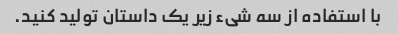
با استفاده از سه شیء زیر یک داستان تولید کنید.